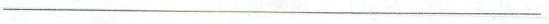
___